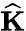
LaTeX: \widehat{\mathbf K}